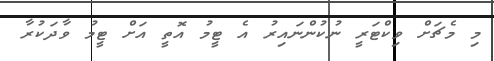
މި މެޗަށް ވިކްޓަރީ ނުކުންނައިރު އެ ޓީމު އޮތީ އަށް ޓީމު ވާދަކުރާ